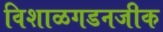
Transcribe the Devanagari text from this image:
विशाळगडनजीक